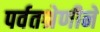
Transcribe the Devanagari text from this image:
पर्वतश्रेणीने